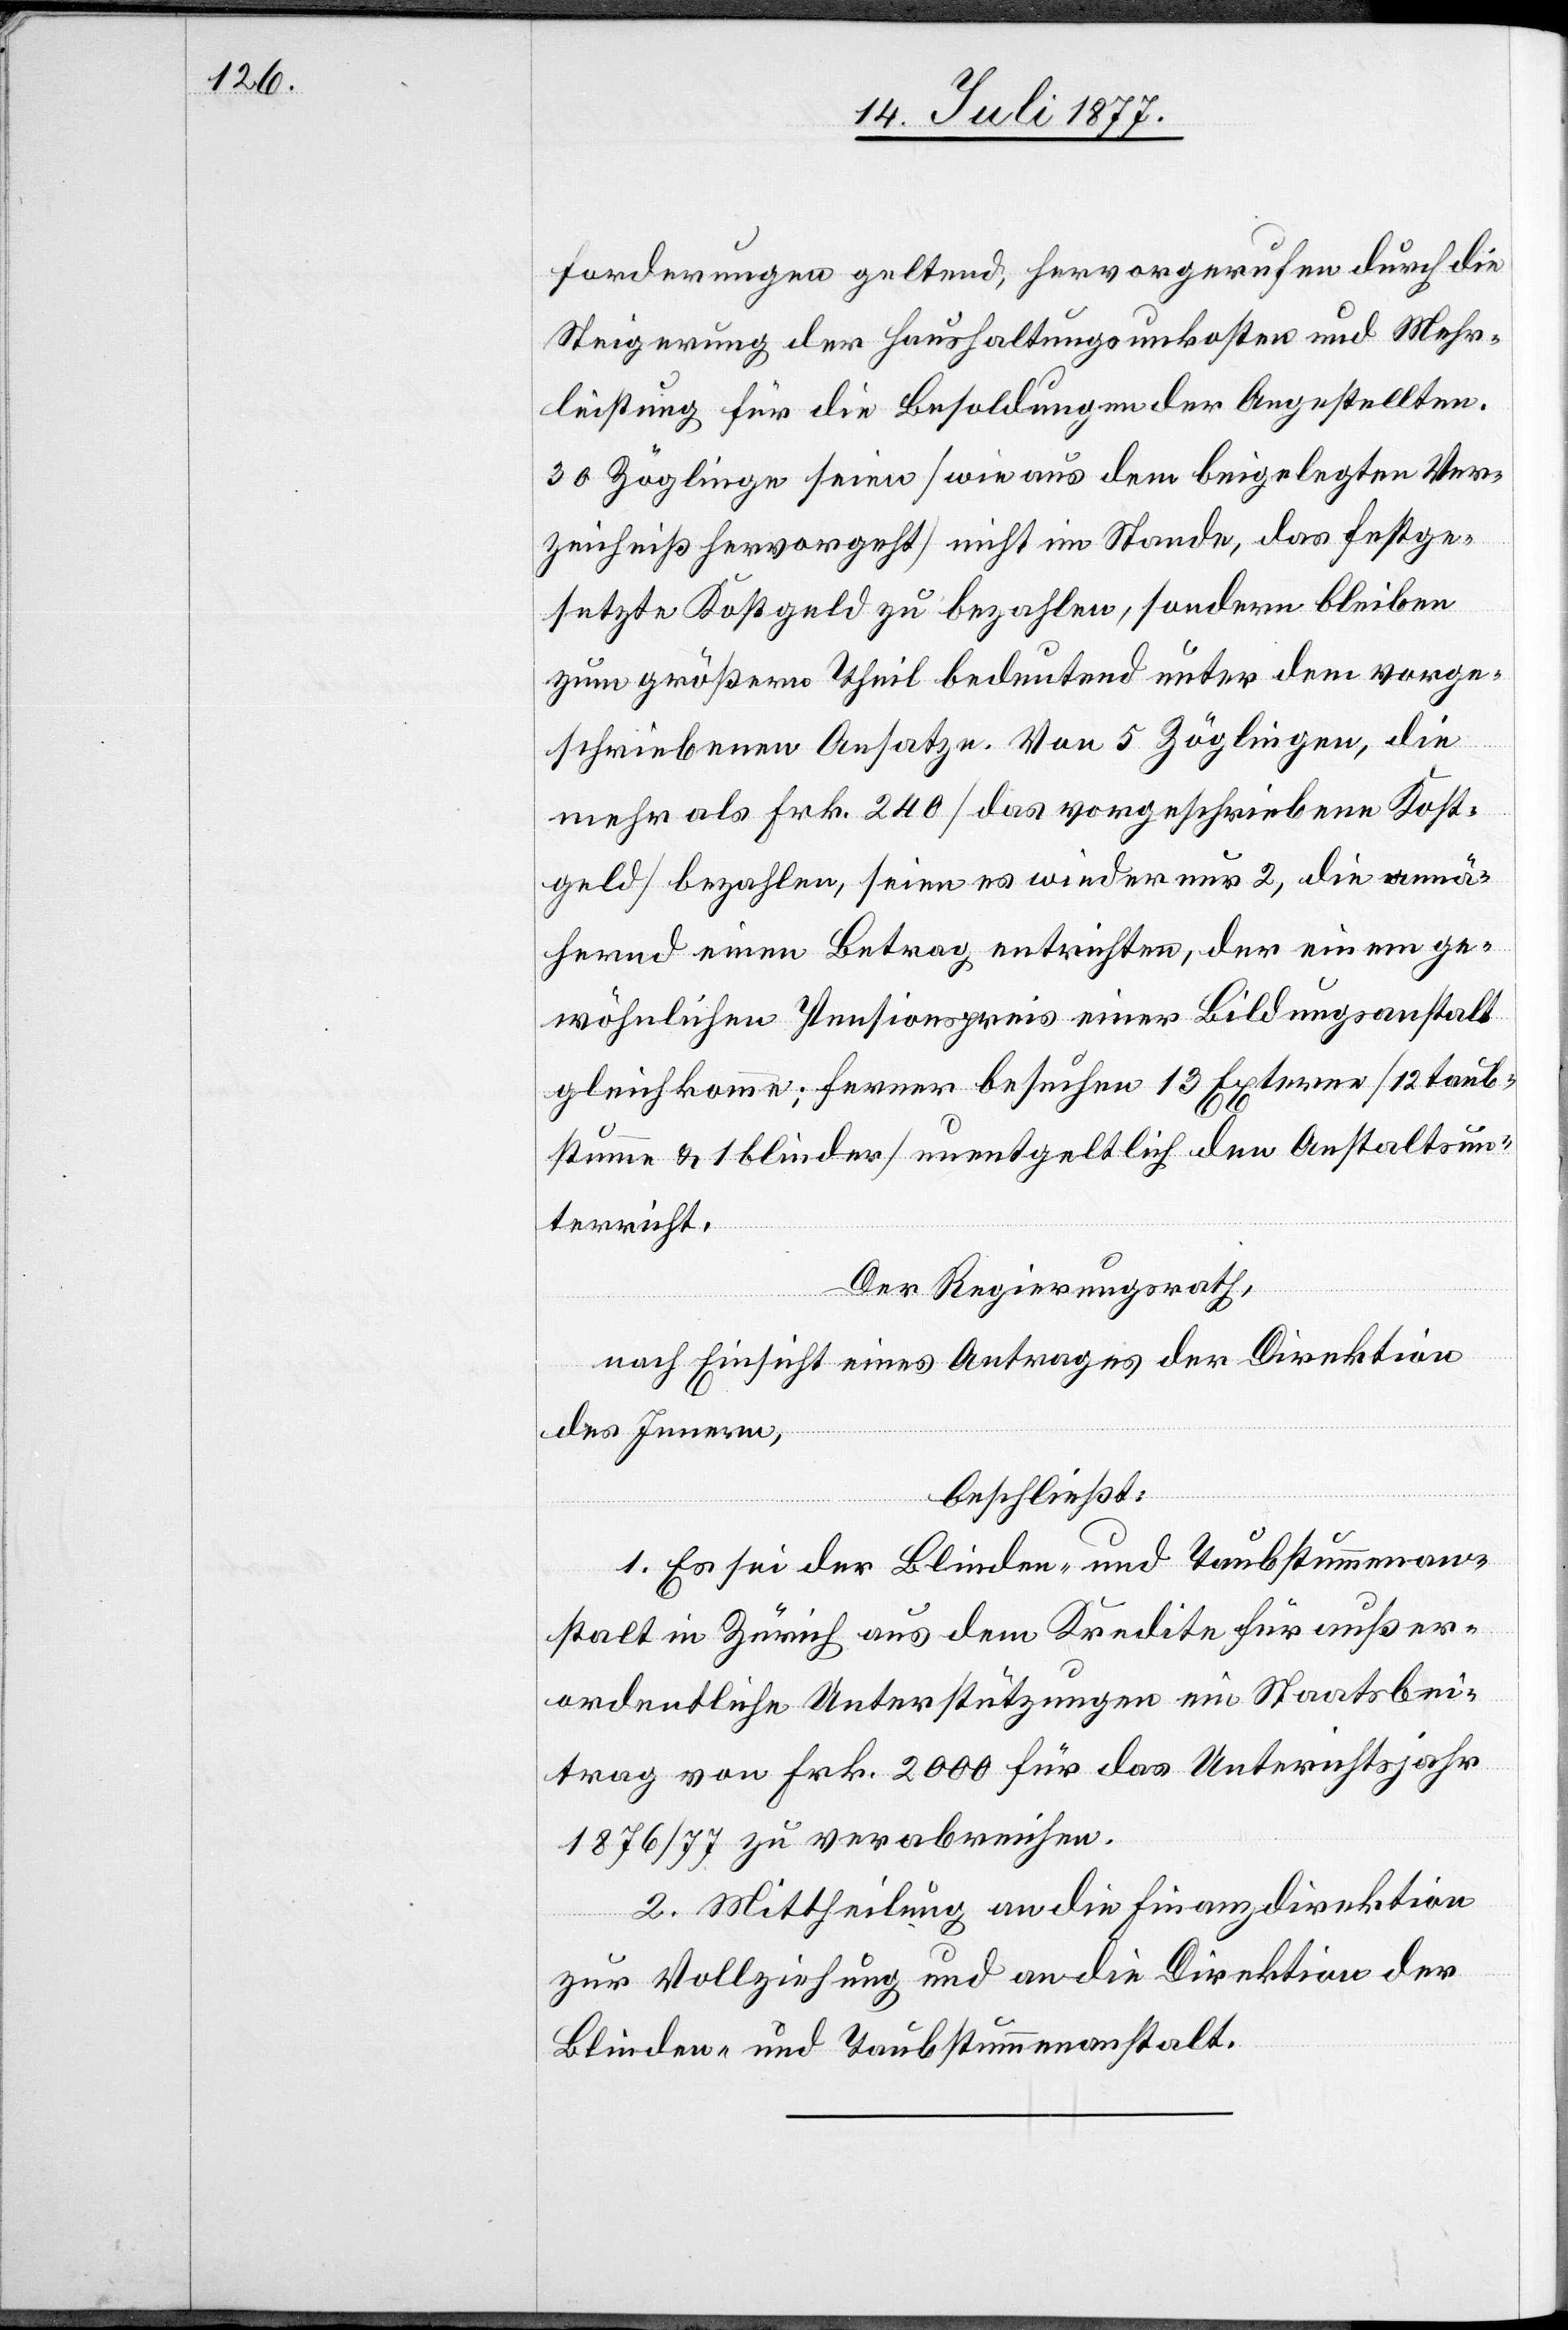
forderungen geltend, hervorgerufen durch die
Steigerung der Haushaltungsunkosten und Mehr¬
leistung für die Besoldungen der Angestellten.
30 Zöglinge seien [wie aus dem beigelegten Ver¬
zeichniß hervorgeht] nicht im Stande, das festge¬
setzte Kostgeld zu bezahlen, sondern bleiben
zum größern Theil bedeutend unter dem vorge¬
schriebenen Ansatze. Von 5 Zöglingen, die
mehr als Frk. 240 [das vorgeschriebene Kost¬
geld] bezahlen, seien es wieder nur 2, die annä¬
hernd einen Betrag entrichten, der einem ge¬
wöhnlichen Pensionspreis einer Bildungsanstalt
gleichkomme; ferner besuchen 13 Externe [12 taub¬
stumme & 1 blinder] unentgeltlich den Anstaltsun¬
terricht.
Der Regierungsrath,
nach Einsicht eines Antrages der Direktion
des Innern,
beschließt:
1. Es sei der Blinden- und Taubstummenan¬
stalt in Zürich aus dem Kredite für außer¬
ordentliche Unterstützungen ein Staatsbei¬
trag von Frk. 2000 für das Unter[r]ichtsjahr
1876/77 zu verabreichen.
2. Mittheilung an die Finanzdirektion
zur Vollziehung und an die Direktion der
Blinden- und Taubstummenanstalt.